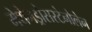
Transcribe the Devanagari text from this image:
मेथेनड्रोसस्टेनोलेन